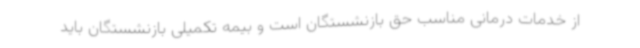
از خدمات درمانی مناسب حق بازنشستگان است و بیمه تکمیلی بازنشستگان باید